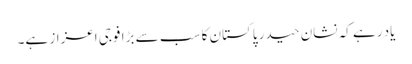
یاد رہے کہ نشان حیدر پاکستان کا سب سے بڑا فوجی اعزاز ہے۔